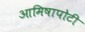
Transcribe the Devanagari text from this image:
आमिषापोटी